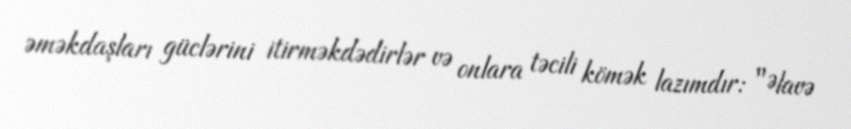
əməkdaşları güclərini itirməkdədirlər və onlara təcili kömək lazımdır: "Əlavə